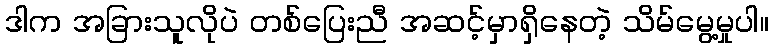
ဒါက အခြားသူလိုပဲ တစ်ပြေးညီ အဆင့်မှာရှိနေတဲ့ သိမ်မွေ့မှုပါ။